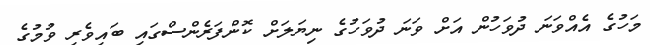
މަހުގެ އެއްވަނަ ދުވަހުން އަށް ވަނަ ދުވަހުގެ ނިޔަލަށް ކޮންފަރެންސްގައި ބައިވެރި ވުމުގެ